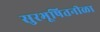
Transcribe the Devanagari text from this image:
सुरभूषितनीळा